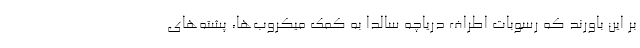
بر این باورند که رسوبات اطراف دریاچه سالدا به کمک میکروب‌ها، پشته‌های